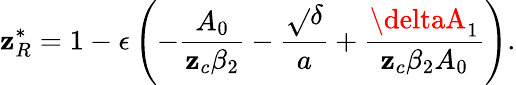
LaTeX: \mathbf{z}_{R}^{*}=1-\epsilon\left(-\frac{{A_{0}}}{{\mathbf{z}_{c}\beta_{2}}}-\frac{{\sqrt{}{{\delta}}}}{{a}}+\frac{{\deltaA_{1}}}{{\mathbf{z}_{c}\beta_{2}A_{0}}}\right).